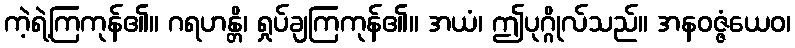
ကဲ့ရဲ့ကြကုန်၏။ ဂရဟန္တိ၊ ရှုပ်ချကြကုန်၏။ အယံ၊ ဤပုဂ္ဂိုလ်သည်။ အနဝဇ္ဇံယေဝ၊